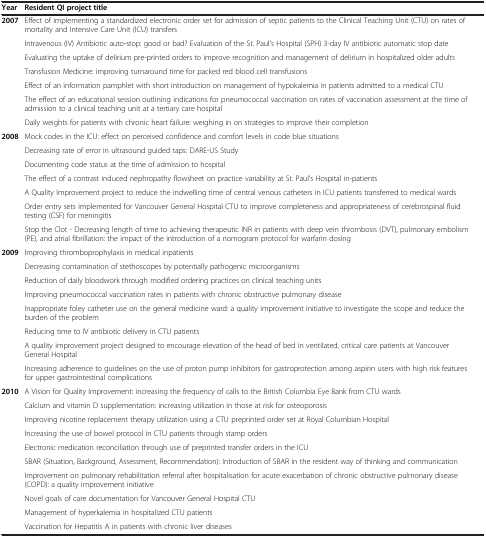
<table><thead><tr><td><b>Year</b></td><td><b>Resident QI project title</b></td></tr></thead><tbody><tr><td rowspan="7"><b>2007</b></td><td>Effect of implementing a standardized electronic order set for admission of septic patients to the Clinical Teaching Unit (CTU) on rates of mortality and Intensive Care Unit (ICU) transfers</td></tr><tr><td>Intravenous (IV) Antibiotic auto-stop: good or bad? Evaluation of the St. Paul’s Hospital (SPH) 3-day IV antibiotic automatic stop date</td></tr><tr><td>Evaluating the uptake of delirium pre-printed orders to improve recognition and management of delirium in hospitalized older adults</td></tr><tr><td>Transfusion Medicine: improving turnaround time for packed red blood cell transfusions</td></tr><tr><td>Effect of an information pamphlet with short introduction on management of hypokalemia in patients admitted to a medical CTU</td></tr><tr><td>The effect of an educational session outlining indications for pneumococcal vaccination on rates of vaccination assessment at the time of admission to a clinical teaching unit at a tertiary care hospital</td></tr><tr><td>Daily weights for patients with chronic heart failure: weighing in on strategies to improve their completion</td></tr><tr><td rowspan="7"><b>2008</b></td><td>Mock codes in the ICU: effect on perceived confidence and comfort levels in code blue situations</td></tr><tr><td>Decreasing rate of error in ultrasound guided taps: DARE-US Study</td></tr><tr><td>Documenting code status at the time of admission to hospital</td></tr><tr><td>The effect of a contrast induced nephropathy flowsheet on practice variability at St. Paul’s Hospital in-patients</td></tr><tr><td>A Quality Improvement project to reduce the indwelling time of central venous catheters in ICU patients transferred to medical wards</td></tr><tr><td>Order entry sets implemented for Vancouver General Hospital CTU to improve completeness and appropriateness of cerebrospinal fluid testing (CSF) for meningitis</td></tr><tr><td>Stop the Clot - Decreasing length of time to achieving therapeutic INR in patients with deep vein thrombosis (DVT), pulmonary embolism (PE), and atrial fibrillation: the impact of the introduction of a nomogram protocol for warfarin dosing</td></tr><tr><td rowspan="8"><b>2009</b></td><td>Improving thromboprophylaxis in medical inpatients</td></tr><tr><td>Decreasing contamination of stethoscopes by potentially pathogenic microorganisms</td></tr><tr><td>Reduction of daily bloodwork through modified ordering practices on clinical teaching units</td></tr><tr><td>Improving pneumococcal vaccination rates in patients with chronic obstructive pulmonary disease</td></tr><tr><td>Inappropriate foley catheter use on the general medicine ward: a quality improvement initiative to investigate the scope and reduce the burden of the problem</td></tr><tr><td>Reducing time to IV antibiotic delivery in CTU patients</td></tr><tr><td>A quality improvement project designed to encourage elevation of the head of bed in ventilated, critical care patients at Vancouver General Hospital</td></tr><tr><td>Increasing adherence to guidelines on the use of proton pump inhibitors for gastroprotection among aspirin users with high risk features for upper gastrointestinal complications</td></tr><tr><td rowspan="10"><b>2010</b></td><td>A Vision for Quality Improvement: increasing the frequency of calls to the British Columbia Eye Bank from CTU wards</td></tr><tr><td>Calcium and vitamin D supplementation: increasing utilization in those at risk for osteoporosis</td></tr><tr><td>Improving nicotine replacement therapy utilization using a CTU preprinted order set at Royal Columbian Hospital</td></tr><tr><td>Increasing the use of bowel protocol in CTU patients through stamp orders</td></tr><tr><td>Electronic medication reconciliation through use of preprinted transfer orders in the ICU</td></tr><tr><td>SBAR (Situation, Background, Assessment, Recommendation): Introduction of SBAR in the resident way of thinking and communication</td></tr><tr><td>Improvement on pulmonary rehabilitation referral after hospitalisation for acute exacerbation of chronic obstructive pulmonary disease (COPD): a quality improvement initiative</td></tr><tr><td>Novel goals of care documentation for Vancouver General Hospital CTU</td></tr><tr><td>Management of hyperkalemia in hospitalized CTU patients</td></tr><tr><td>Vaccination for Hepatitis A in patients with chronic liver diseases</td></tr></tbody></table>